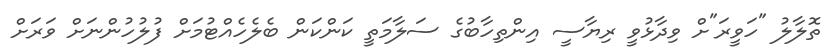
ތޮލާލު "ހަވީރަ"ށް ވިދާޅުވީ ރިޔާސީ އިންތިހާބުގެ ސަލާމަތީ ކަންކަން ބެލެހެއްޓުމަށް ފުލުހުންނަށް ވަރަށް